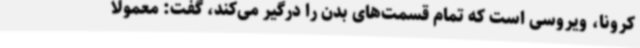
کرونا، ویروسی است که تمام قسمت‌های بدن را درگیر می‌کند، گفت: معمولا